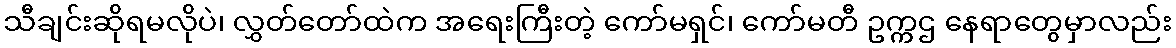
သီချင်းဆိုရမလိုပဲ၊ လွှတ်တော်ထဲက အရေးကြီးတဲ့ ကော်မရှင်၊ ကော်မတီ ဥက္ကဌ နေရာတွေမှာလည်း